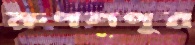
রুপশপুর